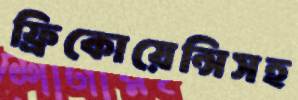
ফ্রিকোয়েন্সিসহ